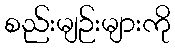
စည်းမျဉ်းများကို